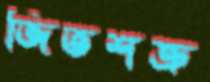
জিতশত্রু